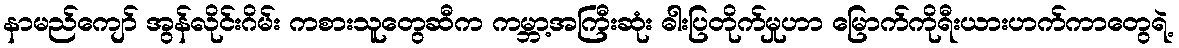
နာမည်ကျော် အွန်လိုင်းဂိမ်း ကစားသူတွေဆီက ကမ္ဘာ့အကြီးဆုံး ဓါးပြတိုက်မှုဟာ မြောက်ကိုရီးယားဟက်ကာတွေရဲ့